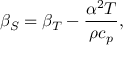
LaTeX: \beta _ { S } = \beta _ { T } - { \frac { \alpha ^ { 2 } T } { \rho c _ { p } } } ,